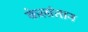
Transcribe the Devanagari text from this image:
केलांतान